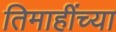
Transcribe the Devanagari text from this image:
तिमाहींच्या